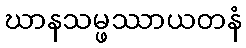
ဃာနသမ္ဖဿာယတနံ